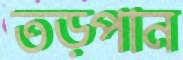
তড়্‌পান